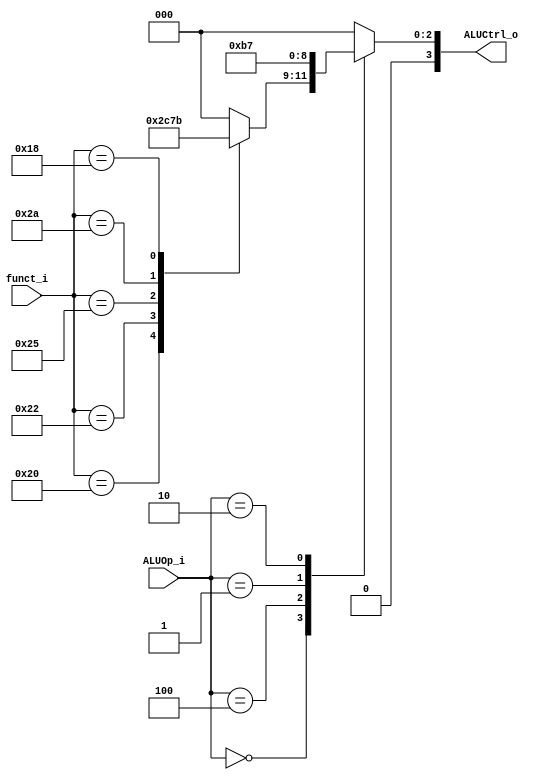
//Subject:     CO project 2 - ALU Controller
//--------------------------------------------------------------------------------
//Version:     1
//--------------------------------------------------------------------------------
//Writer:   0616086
//----------------------------------------------
//Date:        
//----------------------------------------------
//Description: 
//--------------------------------------------------------------------------------

module ALU_Ctrl(
          funct_i,
          ALUOp_i,
          ALUCtrl_o
          );
          
//I/O ports 
input      [6-1:0] funct_i;
input      [3-1:0] ALUOp_i;

output     [4-1:0] ALUCtrl_o;    
     
//Internal Signals
reg        [4-1:0] ALUCtrl_o;

//Parameter

//Select exact operation

always@(*)begin
    case(ALUOp_i)
	3'b000:
	    case(funct_i)
		  6'd32: ALUCtrl_o <= 4'b0010; //add
		  6'd34: ALUCtrl_o <= 4'b0110; //sub
		  6'd36: ALUCtrl_o <= 4'b0000; //and
		  6'd37: ALUCtrl_o <= 4'b0001;  //or
		  6'd42: ALUCtrl_o <= 4'b0111;  //slt
		  6'd24: ALUCtrl_o <= 4'b0011;  // mult
		  default: ALUCtrl_o = 4'b0000;
		endcase
	3'b100:ALUCtrl_o <= 4'b0010;//lw,sw,addi
	3'b001:ALUCtrl_o = 4'b0110;//beq
	3'b010:ALUCtrl_o = 4'b0111;//slti
	default:ALUCtrl_o = 4'b0000;
endcase
end
endmodule